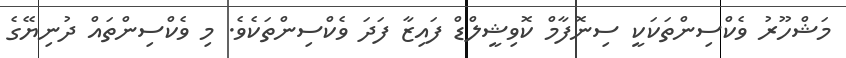
މަޝްހޫރު ވެކްސިންތަކަކީ ސިނޮފާމް ކޮވިޝީލްޑް ފައިޒާ ފަދަ ވެކްސިންތަކެވެ. މި ވެކްސިންތައް ދުނިޔޭގެ